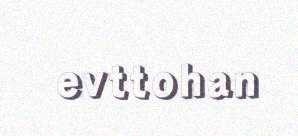
evttohan